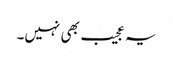
یہ عجیب بھی نہیں۔